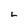
Character: L